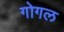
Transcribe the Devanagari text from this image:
गोगल